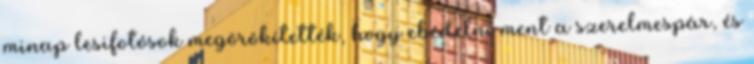
minap lesifotósok megörökítették, hogy ebédelni ment a szerelmespár, és